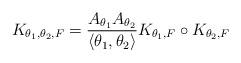
LaTeX: \begin{align*} K_{\theta_1,\theta_2,F} = \frac{A_{\theta_1}A_{\theta_2}}{\langle \theta_1,\theta_2 \rangle} K_{\theta_1,F}\circ K_{\theta_2,F} \end{align*}